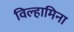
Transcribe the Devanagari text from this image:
विल्हामिना